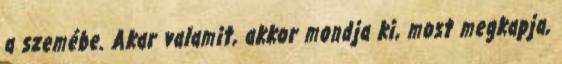
a szemébe. Akar valamit, akkor mondja ki, most megkapja,